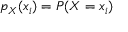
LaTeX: p _ { X } ( x _ { i } ) = P ( X = x _ { i } )